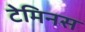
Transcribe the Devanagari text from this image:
टेमिनस